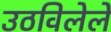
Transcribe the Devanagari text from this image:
उठविलेले